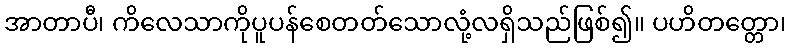
အာတာပီ၊ ကိလေသာကိုပူပန်စေတတ်သောလုံ့လရှိသည်ဖြစ်၍။ ပဟိတတ္တော၊